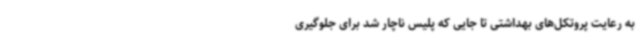
به رعایت پروتکل‌های بهداشتی تا جایی که پلیس ناچار شد برای جلوگیری